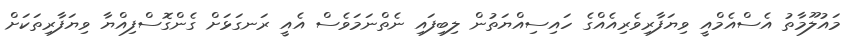
މައުލޫމާތު އެސްއެމްއީ ވިޔަފާރިވެރިއެއްގެ ހައިސިއްޔަތުން ލިބިފައި ނެތްނަމަވެސް އެއީ ރަނގަޅަށް ގެންގޮސްފިއްޔާ ވިޔަފާރިތަކަށް